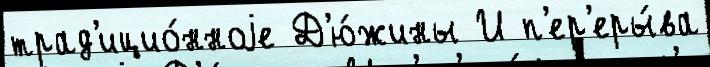
трад'ицио́нноjе Д'ю́жины И п'ер'еры́ва